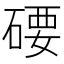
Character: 𥔖